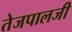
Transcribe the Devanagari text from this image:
तेजपालजी